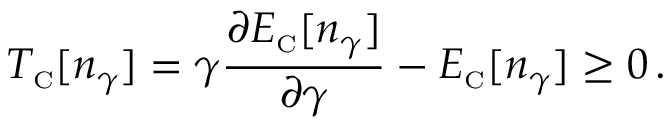
T _ { \scriptscriptstyle \mathrm { C } } [ n _ { \gamma } ] = \gamma \frac { \partial E _ { \scriptscriptstyle \mathrm { C } } [ n _ { \gamma } ] } { \partial \gamma } - E _ { \scriptscriptstyle \mathrm { C } } [ n _ { \gamma } ] \geq 0 \, .